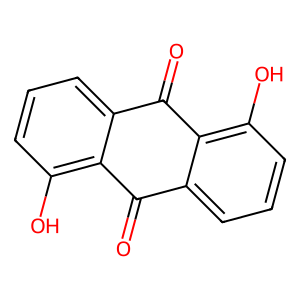
SMILES: O=C1c2cccc(O)c2C(=O)c2cccc(O)c21
Inhibits HIV replication: No